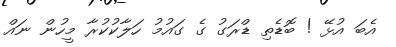
އެބަ އުޅޭ ! ބޮޑެތި ޑްރަގު ގެ ގައުމު ހަލާކުކުރާ މީހުން ނައް